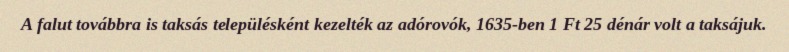
A falut továbbra is taksás településként kezelték az adórovók, 1635-ben 1 Ft 25 dénár volt a taksájuk.